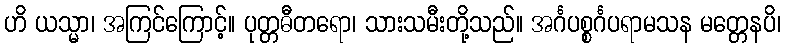
ဟိ ယသ္မာ၊ အကြင်ကြောင့်။ ပုတ္တဓီတရော၊ သားသမီးတို့သည်။ အင်္ဂပစ္စင်္ဂပရာမသန မတ္တေနပိ၊